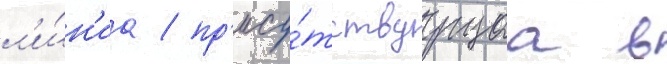
л'и́н'иа / пр'ису́тствуущаа в